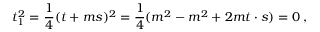
t _ { 1 } ^ { 2 } = \frac { 1 } { 4 } ( t + m s ) ^ { 2 } = \frac { 1 } { 4 } ( m ^ { 2 } - m ^ { 2 } + 2 m t \cdot s ) = 0 \; ,